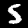
Digit: 5